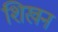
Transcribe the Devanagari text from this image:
शिखन